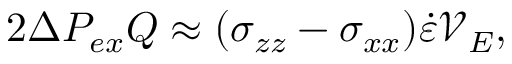
2 \Delta P _ { e x } Q \approx ( \sigma _ { z z } - \sigma _ { x x } ) \dot { \varepsilon } \mathcal { V } _ { E } ,